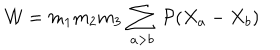
LaTeX: { \cal W } = m _ { 1 } m _ { 2 } m _ { 3 } \, \sum _ { a > b } \, { \cal P } ( X _ { a } - X _ { b } )